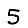
Digit: 5